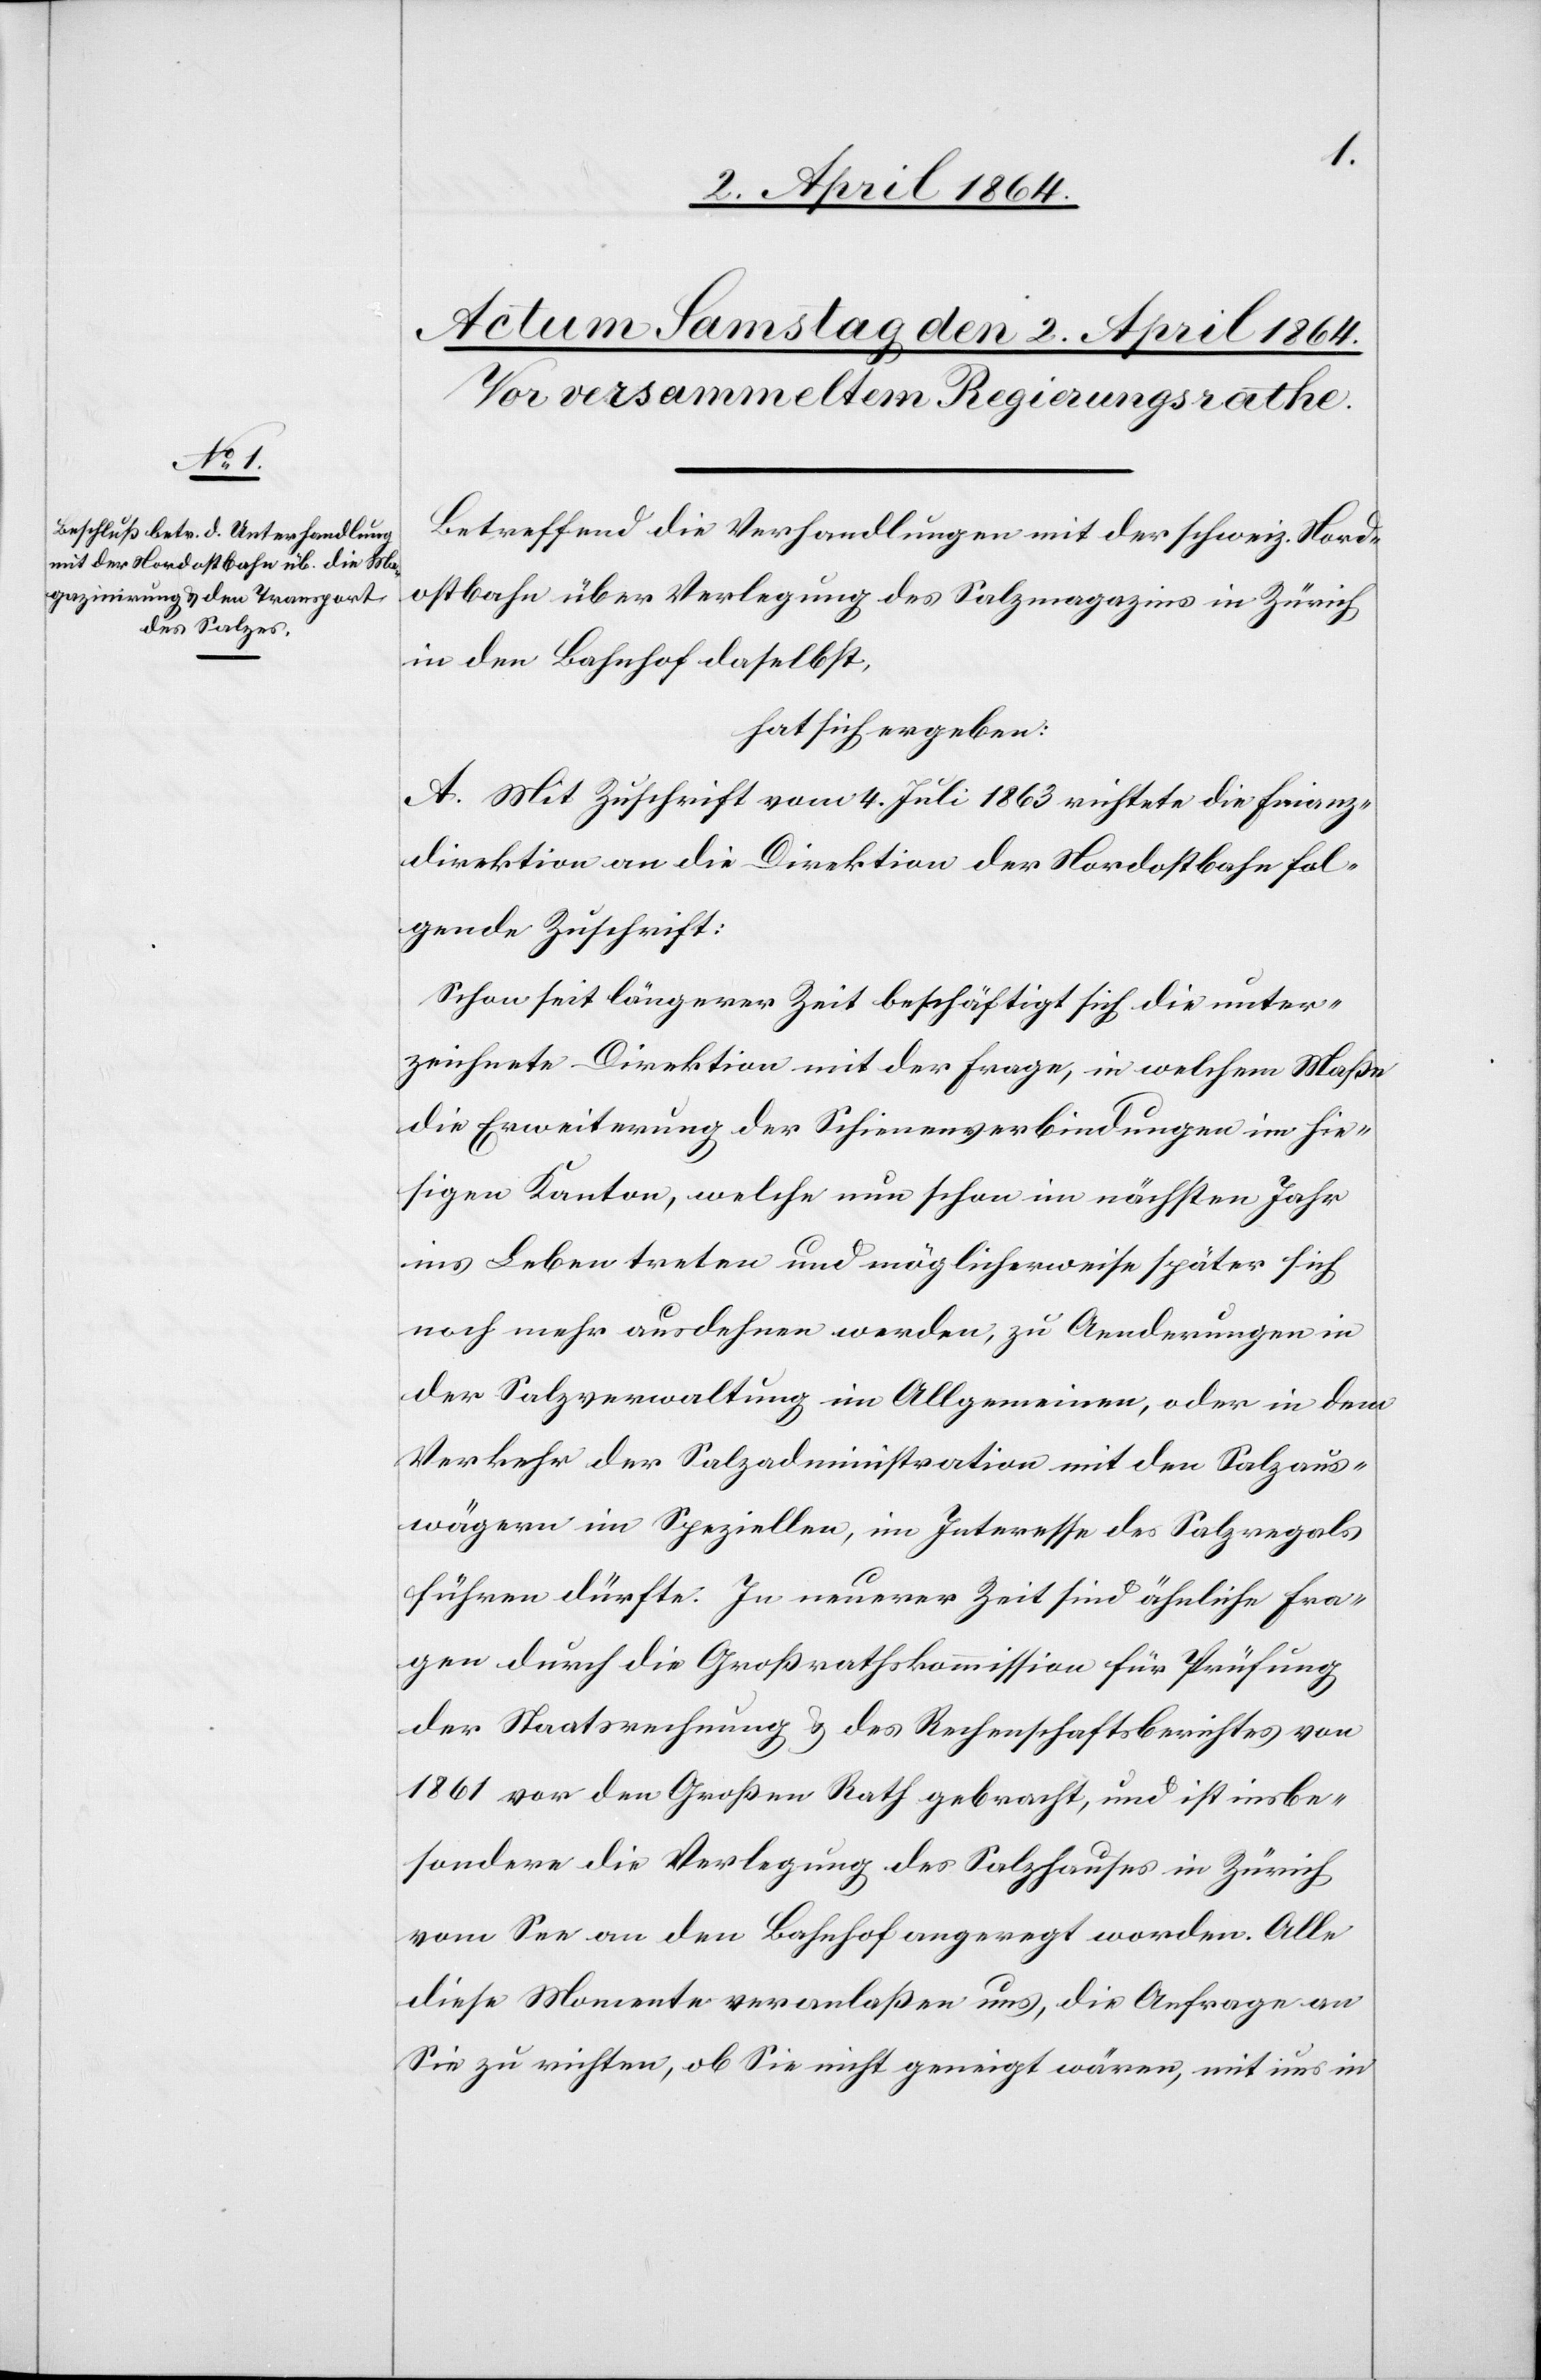
Betreffend die Verhandlungen mit der schweiz. Nord¬
ostbahn über Verlegung des Salzmagazins in Zürich
in den Bahnhof daselbst,
hat sich ergeben:
A. Mit Zuschrift vom 4. Juli 1863 richtete die Finanz¬
direktion an die Direktion der Nordostbahn fol¬
gende Zuschrift:
Schon seit längerer Zeit beschäftigt sich die unter¬
zeichnete Direktion mit der Frage, in welchem Maße
die Erweiterung der Schienenverbindungen im hie¬
sigen Kanton, welche nun schon im nächsten Jahr
ins Leben treten und möglicherweise später sich
noch mehr ausdehnen werden, zu Aenderungen in
der Salzverwaltung im Allgemeinen, oder in dem
Verkehr der Salzadministration mit den Salzaus¬
wägern im Speziellen, im Interesse des Salzregals
führen dürfte. In neuerer Zeit sind ähnliche Fra¬
gen durch die Großrathskommission für Prüfung
der Staatsrechnung u. des Rechenschaftsberichtes von
1861 vor den Großen Rath gebracht, und ist insbe¬
sondere die Verlegung des Salzhauses in Zürich
vom See an den Bahnhof angeregt worden. Alle
diese Momente veranlaßen uns, die Anfrage an
Sie zu richten, ob Sie nicht geneigt wären, mit uns in